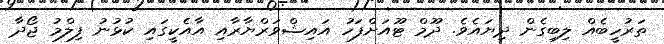
ތަރުހީބެއް ލިބިގެން ދިޔައެވެ. ދޫމް ޓޫއަށްފަހު އައިޝްވަރްޔާރާއި އާއެކީގައި ކުޅުނު ފިލްމު ޖޯދާ